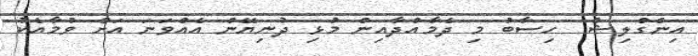
އިންގްލިޝް  ހިސާބު މި ދެމާއްދާއިން މުޅި ދުނިޔޭން އެއްވަނަ އަށް ވުމާއެކު